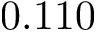
0 . 1 1 0